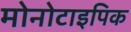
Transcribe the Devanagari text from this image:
मोनोटाइपिक